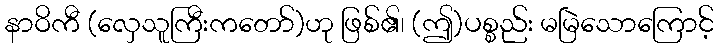
နာဝိကီ (လှေသူကြီးကတော်)ဟု ဖြစ်၏၊ (ဤ)ပစ္စည်း မမြဲသောကြောင့်